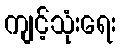
ကျင့်သုံးရေး